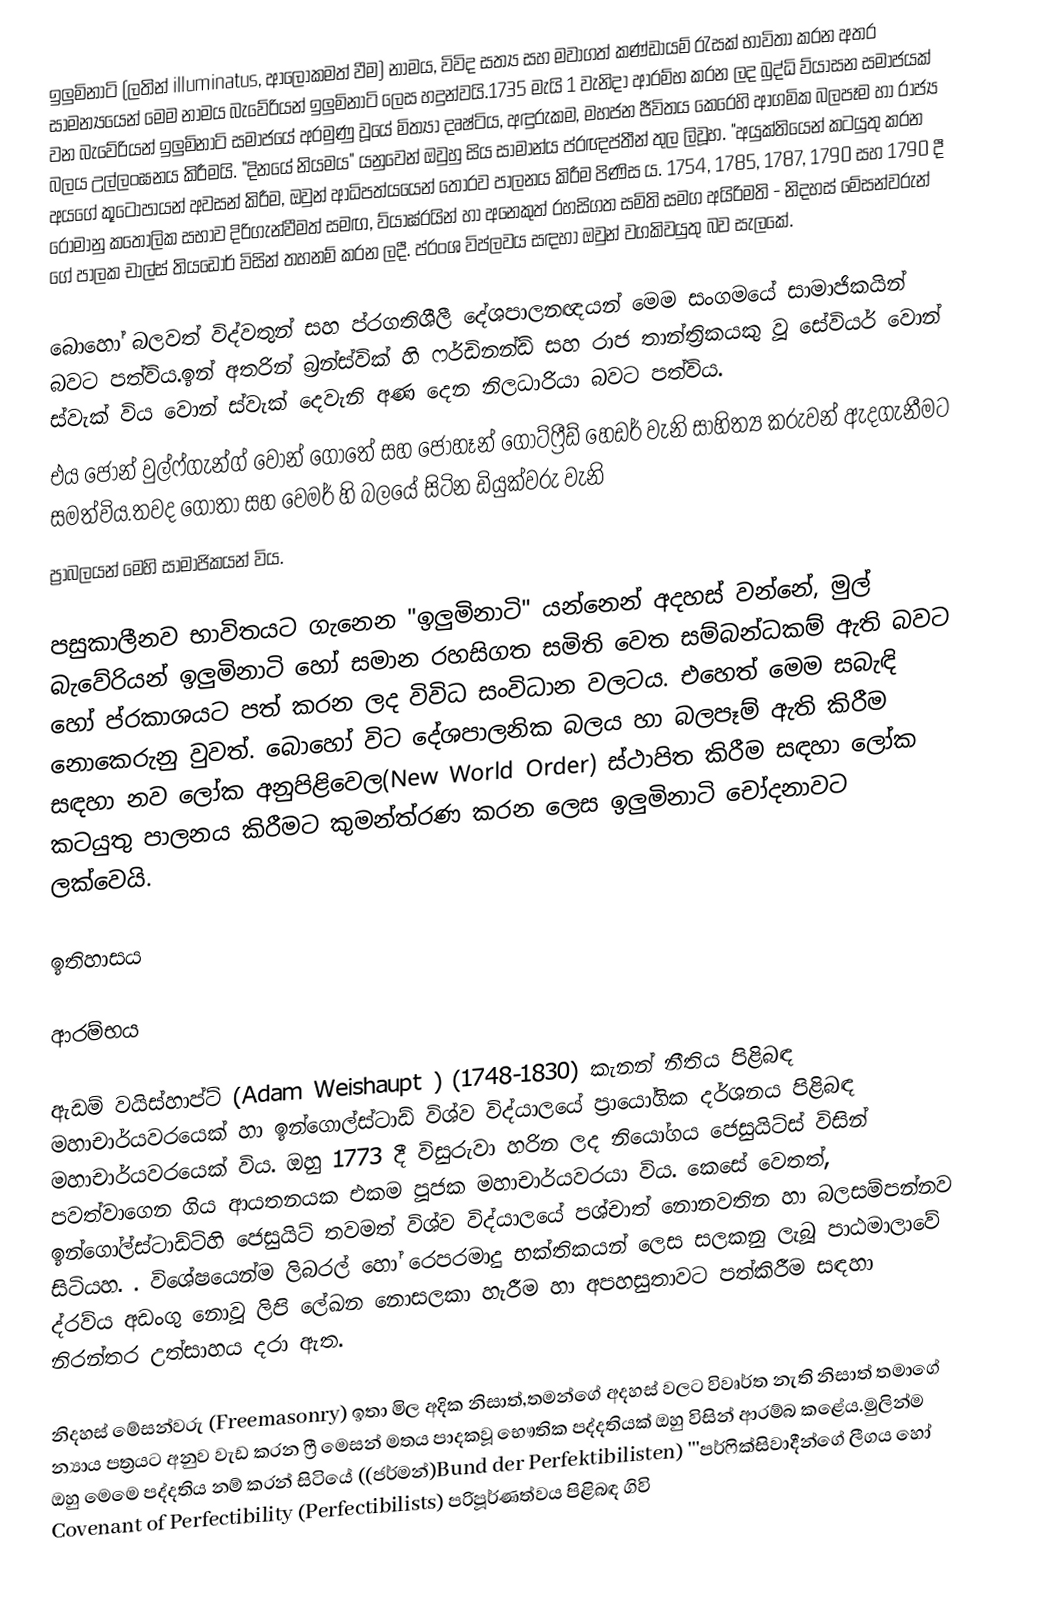
ඉලුමිනාටි (ලතින් illuminatus, ආලෝකමත් වීම) නාමය, විවිද සත්‍ය සහ මවාගත් කණ්ඩායම් රැසක් භාවිතා කරන අතර සාමන්‍යයෙන් මෙම නාමය බැවේරියන් ඉලුමිනාටි ලෙස හදුන්වයි.1735 මැයි 1 වැනිදා ආරම්භ කරන ලද බුද්ධි ව්යාසන සමාජයක් වන බැවේරියන් ඉලුමිනාටි සමාජයේ අරමුණු වූයේ මිත්‍යා දෘෂ්ටිය, අඳුරුකම, මහජන ජීවිතය කෙරෙහි ආගමික බලපෑම හා රාජ්‍ය බලය උල්ලංඝනය කිරීමයි. "දිනයේ නියමය" යනුවෙන් ඔවුහු සිය සාමාන්ය ප්රඥප්තීන් තුල ලිවූහ. "අයුක්තියෙන් කටයුතු කරන අයගේ කූටෝපායන් අවසන් කිරීම, ඔවුන් ආධිපත්යයෙන් තොරව පාලනය කිරීම පිණිස ය. 1754, 1785, 1787, 1790 සහ 1790 දී රෝමානු කතෝලික සභාව දිරිගැන්වීමත් සමඟ, ව්යාඝ්රයින් හා අනෙකුත් රහසිගත සමිති සමග අයිරිමති - නිදහස් මේසන්වරුන් ගේ පාලක චාල්ස් තියඩෝර් විසින් තහනම් කරන ලදී. ප්රංශ විප්ලවය සඳහා ඔවුන් වගකිවයුතු බව සැලකේ.

බොහෝ බලවත් විද්වතුන් සහ ප්රගතිශීලී දේශපාලනඥයන් මෙම සංගමයේ සාමාජිකයින් බවට පත්විය.ඉන් අතරින් බ්‍රන්ස්වික් හි ෆර්ඩිනන්ඩ් සහ රාජ තාන්ත්‍රිකයකු වූ  සේවියර් වොන් ස්වැක් විය වොන් ස්වැක් දෙවැනි අණ දෙන නිලධාරියා බවට පත්විය. 
එය ජෝන් වුල්ෆ්ගැන්ග් වොන් ගොතේ සහ ජොහෑන් ගොට්ෆ්‍රීඩ් හෙඩර් වැනි සාහිත්‍ය කරුවන් ඇදගැනීමට සමත්විය.තවද ගොතා සහ වෙමර්  හි බලයේ සිටින ඩියුක්වරු වැනි  
ප්‍රාබලයන් මෙහි සාමාජිකයන් විය.

 පසුකාලීනව භාවිතයට ගැනෙන "ඉලුමිනාටි" යන්නෙන් අදහස් වන්නේ, මුල් බැවේරියන් ඉලුමිනාටි හෝ සමාන රහසිගත සමිති වෙත සම්බන්ධකම් ඇති බවට හෝ ප්රකාශයට පත් කරන ලද විවිධ සංවිධාන වලටය. එහෙත් මෙම සබැඳි නොකෙරුනු වුවත්. බොහෝ විට දේශපාලනික බලය හා බලපෑම් ඇති කිරීම සඳහා නව ලෝක අනුපිළිවෙල(New World Order) ස්ථාපිත කිරීම සඳහා ලෝක කටයුතු පාලනය කිරීමට කුමන්ත්රණ කරන ලෙස ඉලුමිනාටි චෝදනාවට ලක්වෙයි.

ඉතිහාසය

ආරම්භය

 ඇඩම්  වයිස්හාප්ට් (Adam Weishaupt ) (1748-1830) කැනන් නීතිය පිළිබඳ මහාචාර්යවරයෙක් හා ඉන්ගොල්ස්ටාඩ් විශ්ව විද්යාලයේ ප්‍රායෝගික  දර්ශනය පිළිබඳ මහාචාර්යවරයෙක් විය. ඔහු 1773 දී විසුරුවා හරින ලද නියෝගය ජෙසුයිට්ස් විසින් පවත්වාගෙන ගිය ආයතනයක එකම පූජක මහාචාර්යවරයා විය. කෙසේ වෙතත්, ඉන්ගෝල්ස්ටාඩ්ට්හි ජෙසුයිට් තවමත් විශ්ව විද්යාලයේ පශ්චාත් නොනවතින හා බලසම්පන්නව සිටියහ. . විශේෂයෙන්ම ලිබරල් හෝ රෙපරමාදු භක්තිකයන් ලෙස සලකනු ලැබූ පාඨමාලාවේ ද්රව්ය අඩංගු නොවූ ලිපි ලේඛන නොසලකා හැරීම හා අපහසුතාවට පත්කිරීම සඳහා නිරන්තර උත්සාහය දරා ඇත. 

නිදහස් මේසන්වරු (Freemasonry) ඉතා මිල අදික නිසාත්,තමන්ගේ අදහස් වලට විවෘර්ත නැති නිසාත් තමාගේ න්‍යාය පත්‍රයට අනුව වැඩ කරන ෆ්‍රී මෙසන් මතය පාදකවූ භෞතික පද්දතියක් ඔහු විසින් ආරම්බ කළේය.මුලින්ම ඔහු මෙමෙ පද්දතිය නම් කරන් සිටියේ ((ජර්මන්)Bund der Perfektibilisten) '''පර්ෆික්සිවාදීන්ගේ ලීගය හෝ Covenant of Perfectibility (Perfectibilists) පරිපූර්ණත්වය පිළිබඳ ගිවි